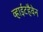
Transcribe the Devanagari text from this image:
व्हाईटहैवेन